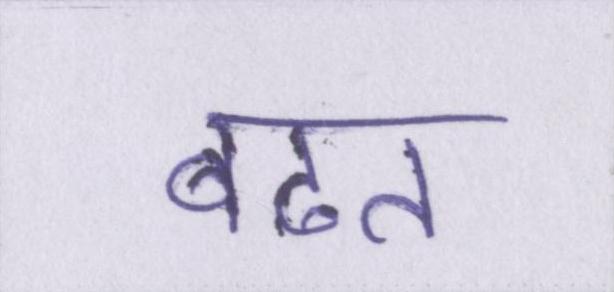
बढत